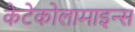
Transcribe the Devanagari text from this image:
केटेकोलामाइन्स